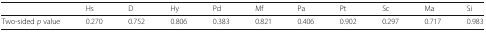
|  | Hs | D | Hy | Pd | Mf | Pa | Pt | Sc | Ma | Si |
 | --- | --- | --- | --- | --- | --- | --- | --- | --- | --- | --- |
 | Two-sided p value | 0.270 | 0.752 | 0.806 | 0.383 | 0.821 | 0.406 | 0.902 | 0.297 | 0.717 | 0.983 |